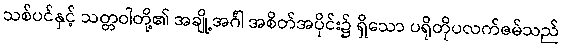
သစ်ပင်နှင့် သတ္တဝါတို့၏ အချို့အင်္ဂါ အစိတ်အပိုင်း၌ ရှိသော ပရိုတိုပလက်ဇမ်သည်